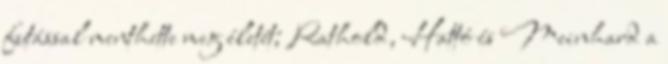
futással menthette meg életét; Rathold, Hattó és Meinhard a